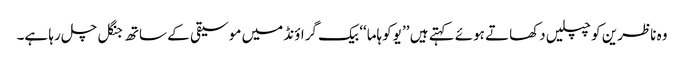
وہ ناظرین کو چپلیں دکھاتے ہوئے کہتے ہیں ’’ یوکوہاما‘‘ بیک گراؤنڈ میں موسیقی کے ساتھ جنگل چل رہا ہے۔